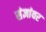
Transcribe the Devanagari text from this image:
संज्ञांवर